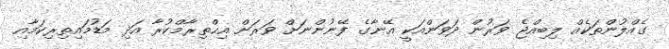
ގެއްލުންތަކެއް ލިބިއްޖެ ވަރުން ދަވަންއަކީ އޭނާގެ ފޭނުންނަށް ވަރަށް އިޙްތިރާމްކުރާ އަދި މަޑުމައިތިރިކަމާއި